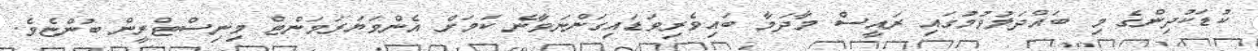
ކުޑަކުދިންގެ މި ބައްދަލުވުމުގައި ރައީސް މާދަމާ ބައިވެރިވަޑައިގަންނަވާނެ ކަމަށް އެންވަޔަރަމަންޓް މިނިސްޓްރީން ބުންޏެވެ.